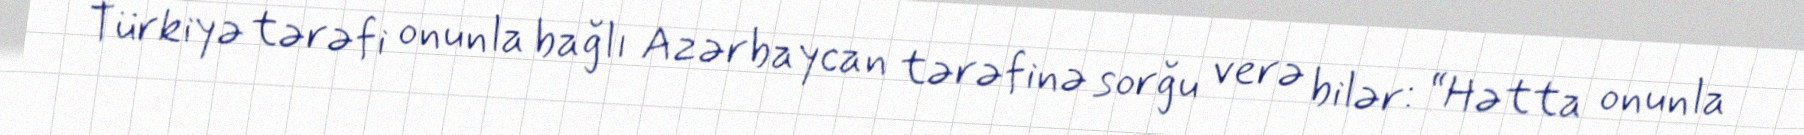
Türkiyə tərəfi onunla bağlı Azərbaycan tərəfinə sorğu verə bilər: “Hətta onunla